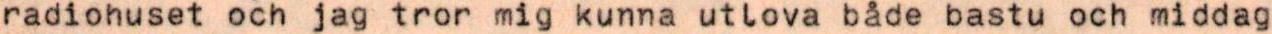
radiohuset och jag tror mig kunna utlova både bastu och middag